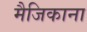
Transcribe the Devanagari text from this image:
मैजिकाना